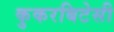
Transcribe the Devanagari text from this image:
कुकरबिटेसी